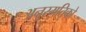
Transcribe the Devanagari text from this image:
अनुस्मतिृको